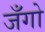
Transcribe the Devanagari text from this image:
जँगो